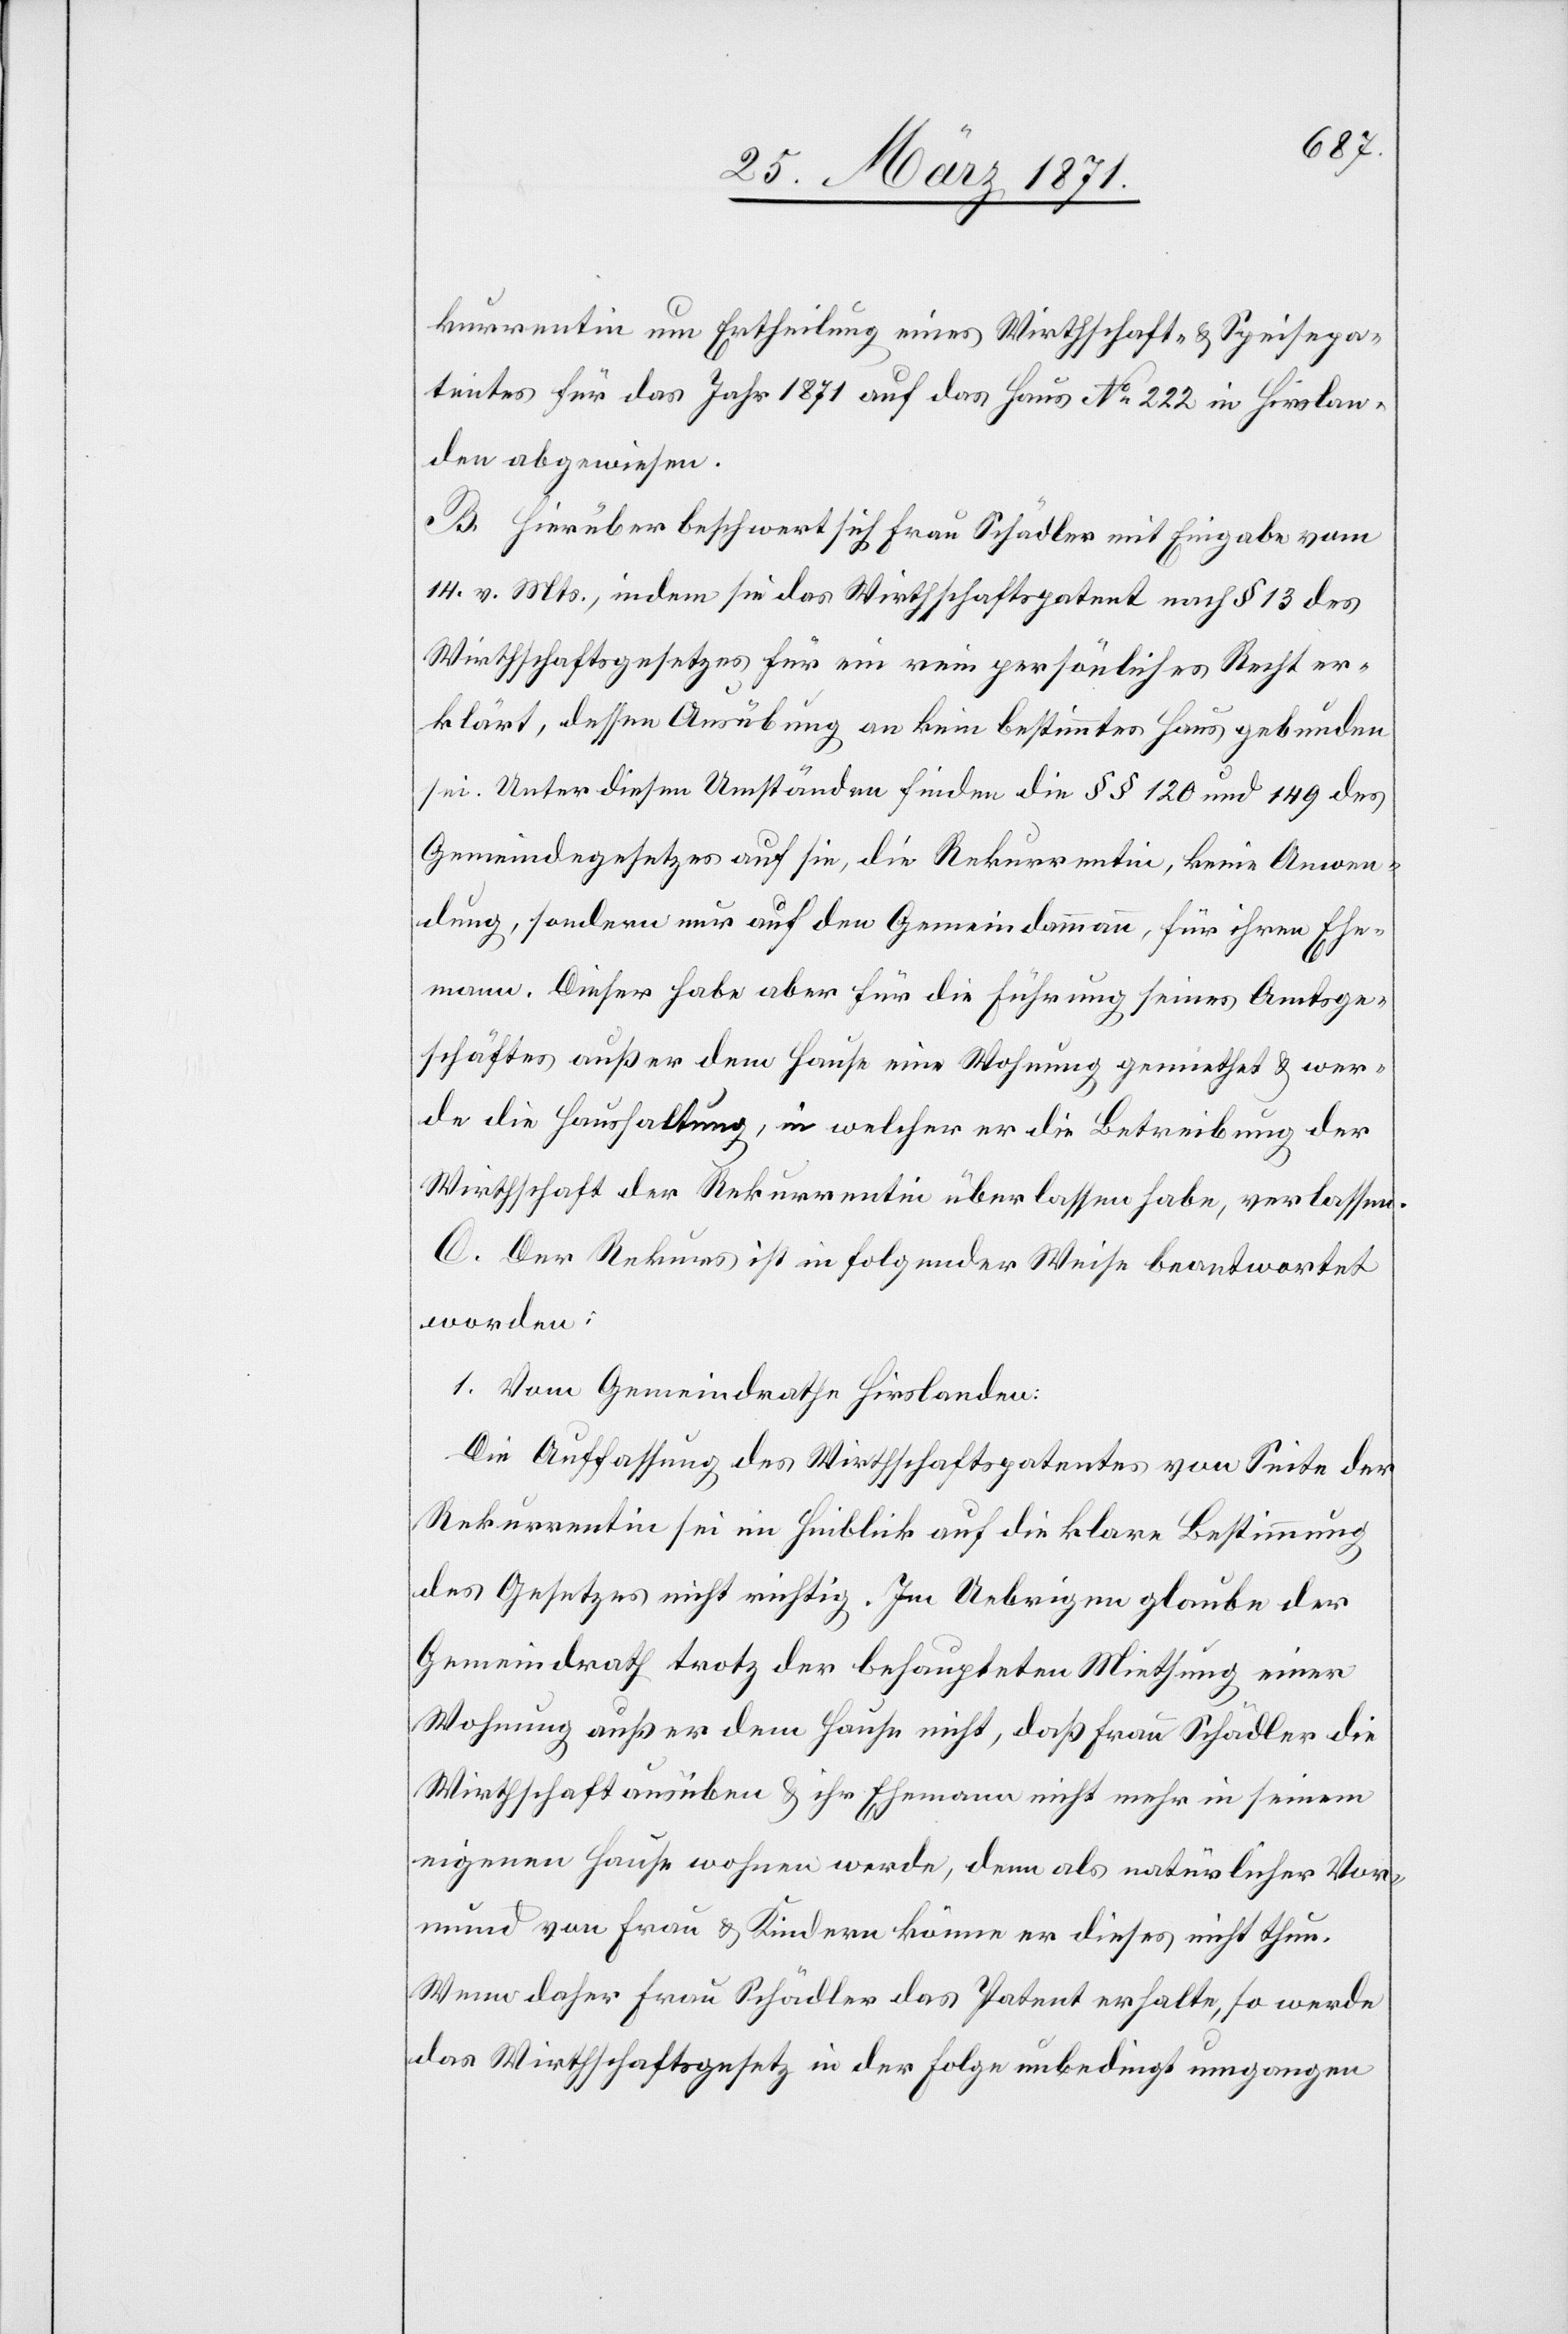
kurrentin um Ertheilung eines Wirthschaft- u. Speisepa¬
tentes für das Jahr 1871 auf das Haus No. 222 in Hirslan¬
den abgewiesen.
B. Hierüber beschwert sich Frau Schädler mit Eingabe vom
14. v. Mts., indem sie das Wirthschaftspatent nach § 13 des
Wirthschaftsgesetzes für ein rein persönliches Recht er¬
klärt, dessen Ausübung an kein bestimmtes Haus gebunden
sei. Unter diesen Umständen finden die §§ 120 und 149 des
Gemeindegesetzes auf sie, die Rekurrentin, keine Anwen¬
dung, sondern nur auf den Gemeindammann, für ihren Ehe¬
mann. Dieser habe aber für die Führung seines Amtsge¬
schäftes außer dem Hause eine Wohnung gemiethet u. wer¬
de die Haushaltung, in welcher er die Betreibung der
Wirthschaft der Rekurrentin überlassen habe, verlassen.
C. Der Rekurs ist in folgender Weise beantwortete
worden:
1. Vom Gemeindrathe Hirslanden:
Die Auffassung des Wirthschaftspatentes von Seite der
Rekurrentin sei im Hinblick auf die klare Bestimmung
des Gesetzes nicht richtig. Im Uebrigen glaube der
Gemeindrath trotz der behaupteten Miethung einer
Wohnung außer dem Hause nicht, daß Frau Schädler die
Wirthschaft ausüben u. ihr Ehemann nicht mehr in seinem
eigenen Hause wohnen werde, denn als natürlicher Vor¬
mund von Frau u. Kindern könne er dieses nicht thun.
Wenn daher Frau Schädler das Patent erhalte, so werde
das Wirthschaftsgesetz in der Folge unbedingt umgangen